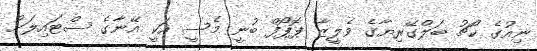
ނިއުގެ ކޯޗު ބަލްގޭރިޔާގެ ވެލީޒާ ޕޮޕޯފް ބުނީ މެސީ އަކީ އޭނާގެ ސްޓައިލަށް